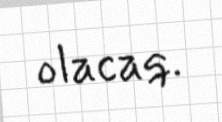
olacaq.